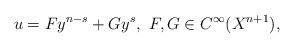
\begin{align*} u=Fy^{n-s}+Gy^s,\ F,G\in C^{\infty}(X^{n+1}), \end{align*}